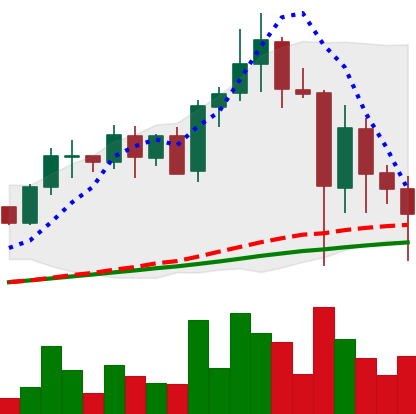
Ticker: ADA-USD
Chart end date: 2021-05-23
Forward return: 14.075%
Label: up_7plus